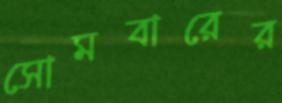
সোমবারের